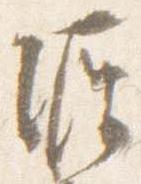
源